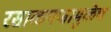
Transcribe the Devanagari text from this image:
रसाळपणामुळेच